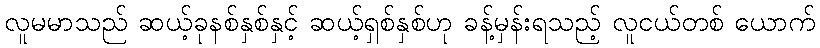
လူမမာသည် ဆယ့်ခုနစ်နှစ်နှင့် ဆယ့်ရှစ်နှစ်ဟု ခန့်မှန်းရသည့် လူငယ်တစ် ယောက်